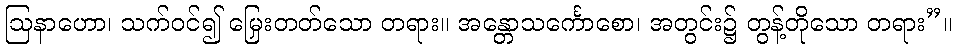
ဩနာဟော၊ သက်ဝင်၍ မြှေးတတ်သော တရား။ အန္တောသင်္ကောစော၊ အတွင်း၌ တွန့်တိုသော တရား”။